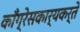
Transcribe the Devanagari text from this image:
काँग्रेसकार्यकर्ते